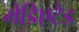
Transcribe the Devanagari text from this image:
मेडिएटेड